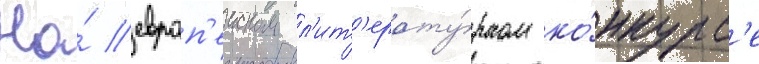
На́ европ'еиском л'ит'ерату́рном ко́нкурс'е